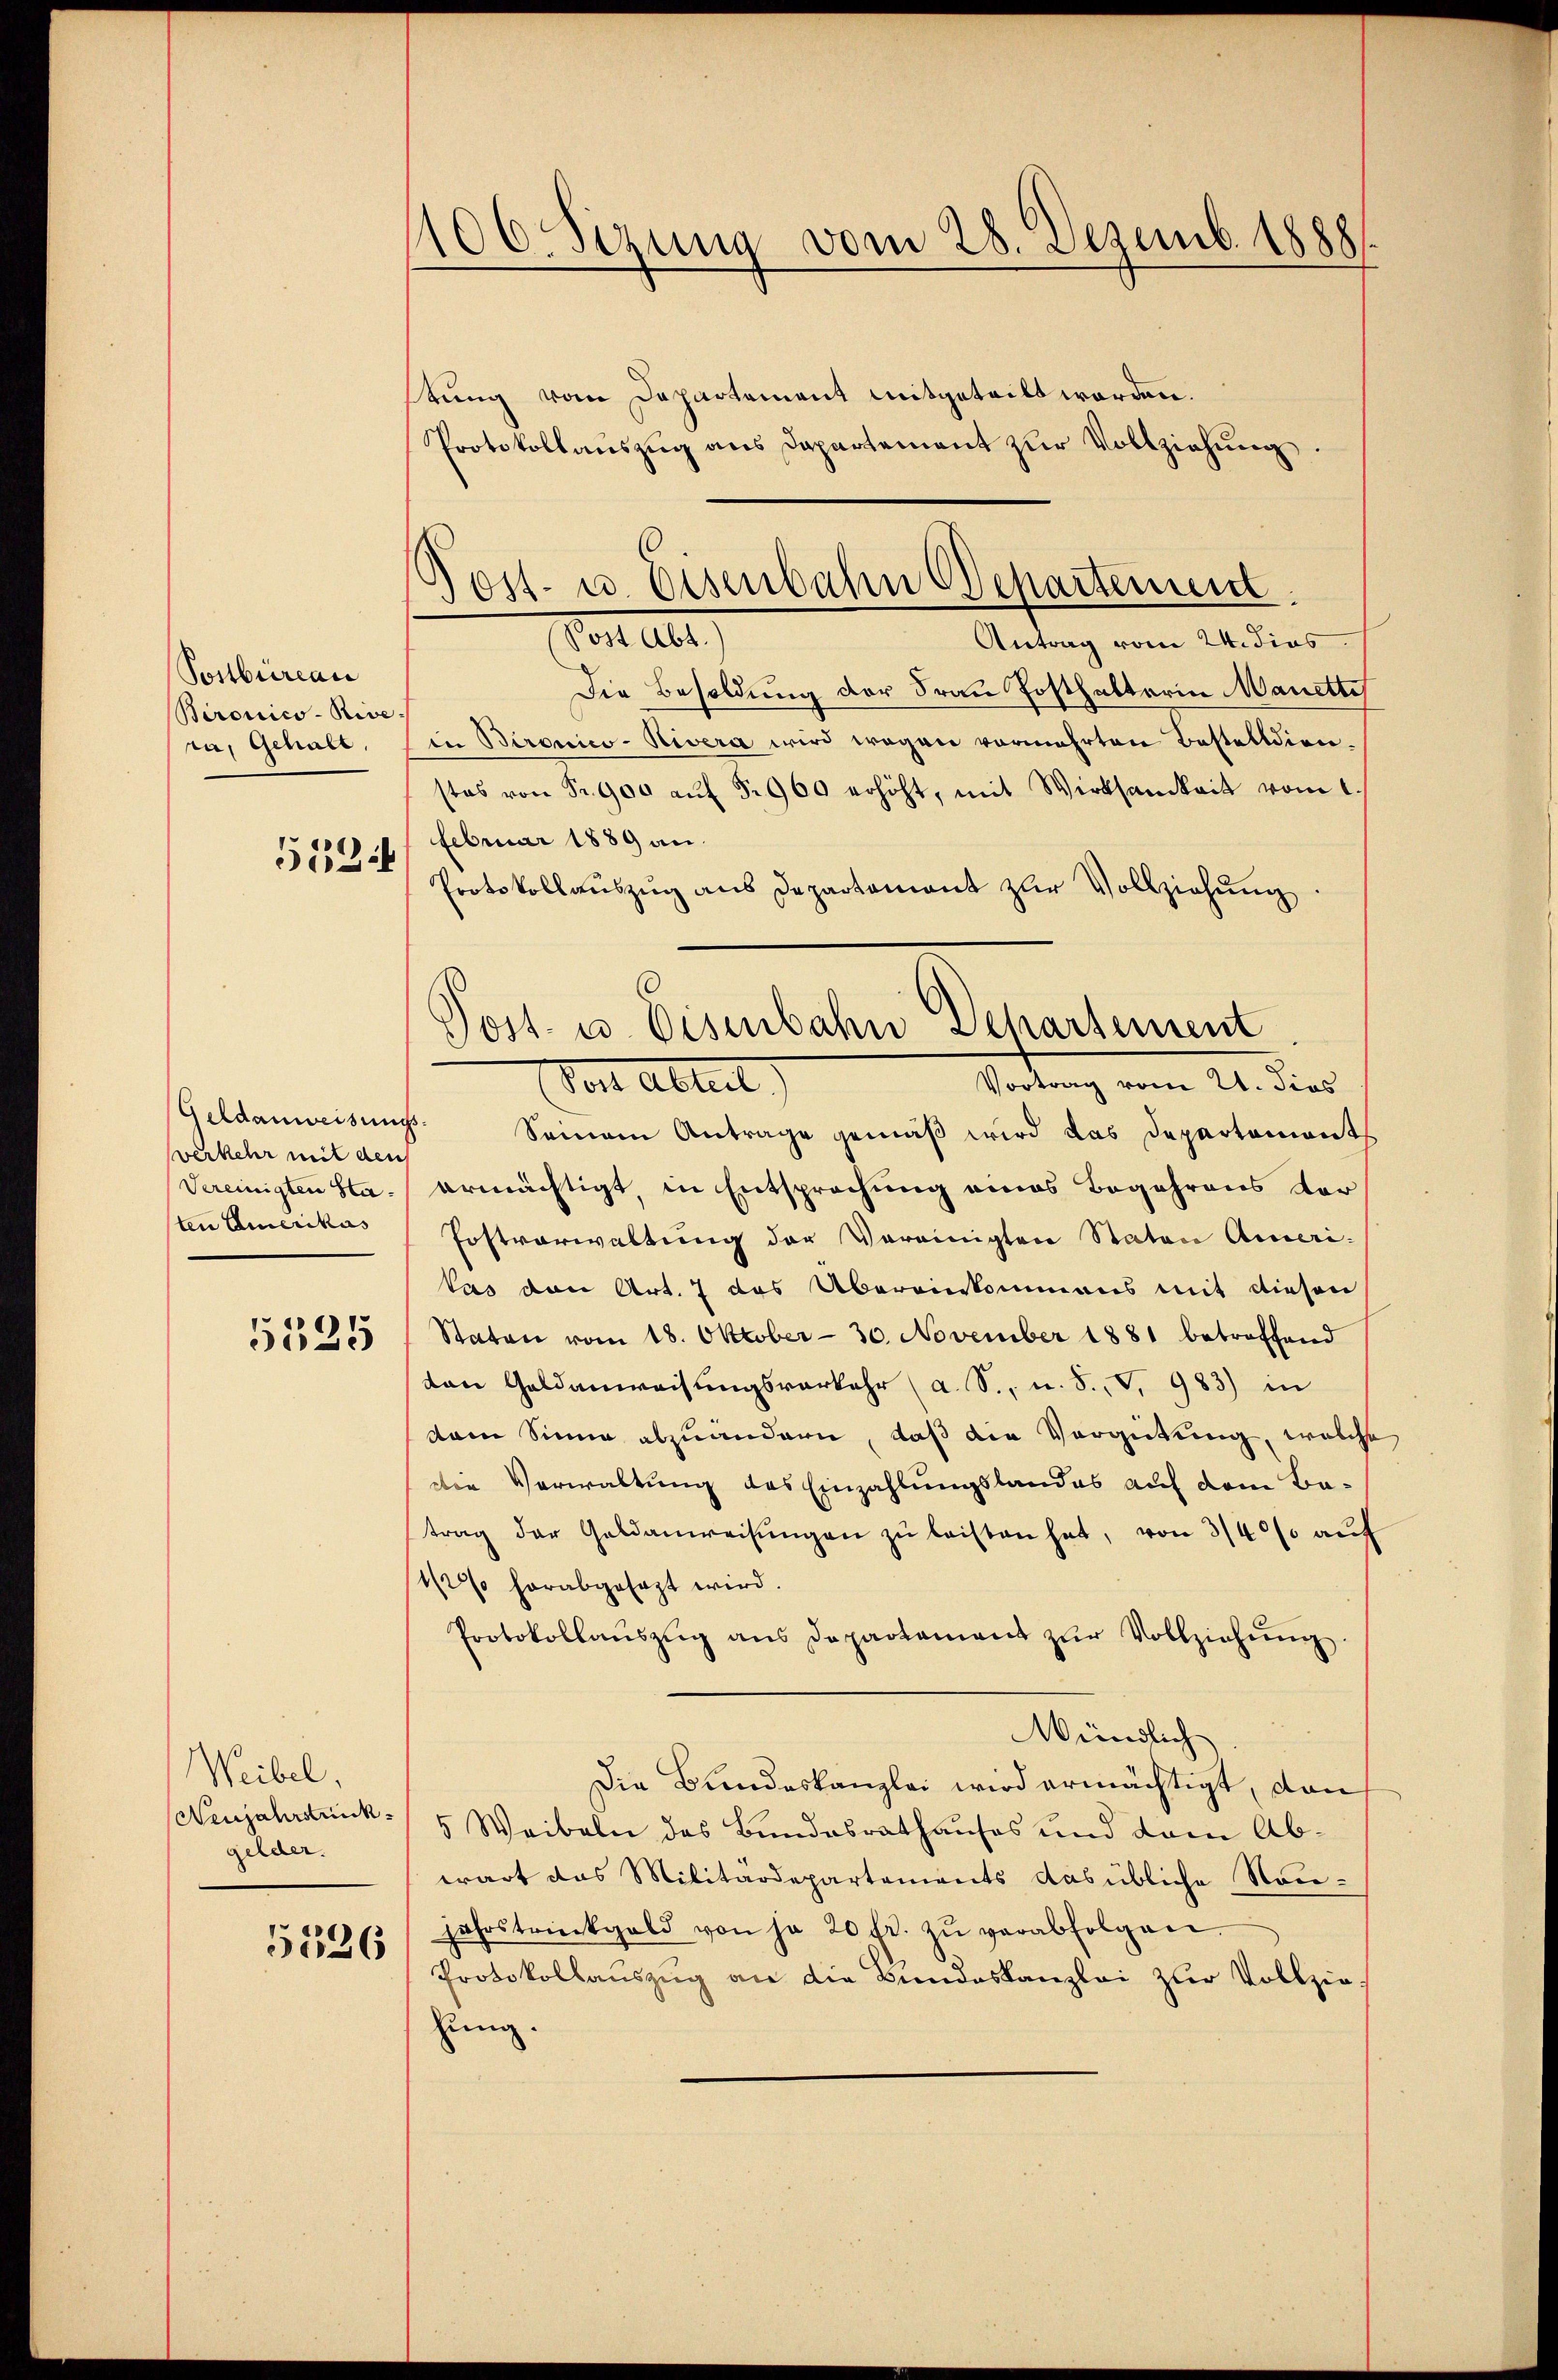
Postbureau
Bironico - Rive.
ra, gehabt,

5524

verkehr mit den
Vereinigten Staten Emerikas

5525

Weibel.
(Neujahrstrick
gelder.

5526

106 Sizung vom 28. Dezemb. 1888.

l
Post- u. Eisenbahn Departement.
Pestalt
Antrag vom 24. dies

stung vom Departement mitgeteilt worden.
Protokollauszug aus Dapartement zur Vollziehung
Die Besoldung der Frau Posthalterin Manette
in Beronico-Nivera wird wegen vermehrten Bestelldien-
stes von Sr. 900 aŭf §. 960 erhöht, mit Wirksamkeit vom 1.
Februar 1889 an.
Protokollaŭszŭg ans Departement zur Vollziehŭng.
Geldanweisung. Seinem Antrage gemäβ wird das Departements
ermächtigt, in Entsprechung eines Begehrens der
Postverwaltung der Vereinigten Staten Ameri-
tas von Art. 7 das Übereinkommens mit diesen
Staten vom 18. Oktober - 30. November 1881 betroffend
ten Geldanweisungsverkehr (a. S., n. F., S. 983) in
dem Sinne abzuändern, daß die Vergütung, welche
die Verwaltung des Einzahlungslandes auf dem Batrag der Geldanweisŭngen zŭ leisten hat, von 3/4% auf
1/2% herabgesezt wird.
Protokollaŭszŭg ans Departament zŭr Vollziehŭng.
Mündlich
Die Bundeskanzlei wird ermächtigt, dan
5 Weibeln des Bundesrathauses und dem Abwart das Militärdepartements das übliche Nou-
jahrstrückgeld von ja 20 fr. zŭ verabfolgen.
Protokollauszug an die Bundeskanzlei zur Vollziezung.

Post- u. Eisenbahn Departement
Vortrag vom 21. dies
Vor Abteil